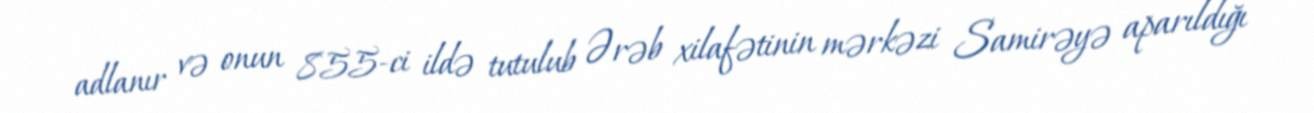
adlanır və onun 855-ci ildə tutulub Ərəb xilafətinin mərkəzi Samirəyə aparıldığı